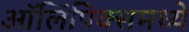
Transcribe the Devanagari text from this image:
ऑलिंपिक्समध्ये